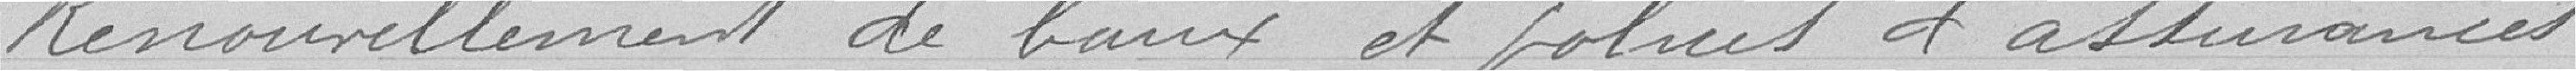
Renouvellement de baux et polices d'assurances